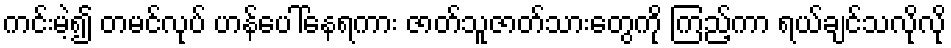
ကင်းမဲ့၍ တမင်လုပ် ဟန်ပေါ်နေရကား ဇာတ်သူဇာတ်သားတွေကို ကြည့်ကာ ရယ်ချင်သလိုလို